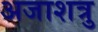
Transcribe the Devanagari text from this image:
अजाशत्रु